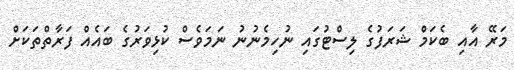
މަރޭ އާއި ބެކަމް ޝަރަފުގެ ލިސްޓުގައި ނުހިމެނުނު ނަމަވެސް ކުޅިވަރުގެ ބައެއް ފަރާތްތަކަށް